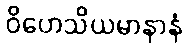
ဝိဟေသိယမာနာနံ